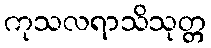
ကုသလရာသိသုတ္တ